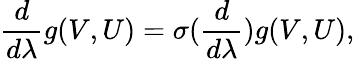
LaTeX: \frac{d}{d\lambda}g(V,U)=\sigma(\frac{d}{d\lambda})g(V,U),